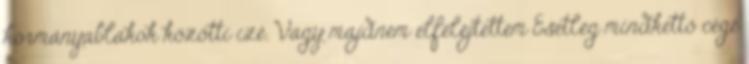
kormányablakok közötti izé. Vagy majdnem elfelejtettem Esetleg mindkettő cégé